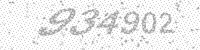
Solution: 934902